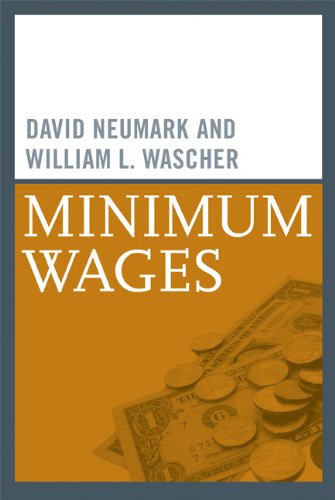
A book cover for Minimum Wages; David Neumark; Business & Money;